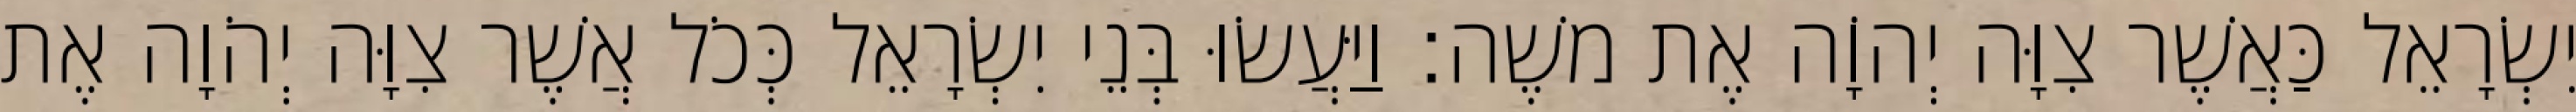
יִשְׂרָאֵל כַּאֲשֶׁר צִוָּה יְהוָֹה אֶת משֶׁה׃ וַיַּעֲשׂוּ בְּנֵי יִשְׂרָאֵל כְּכֹל אֲשֶׁר צִוָּה יְהֹוָה אֶת